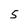
Character: 5